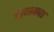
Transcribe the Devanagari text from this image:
वामकरा